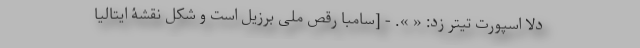
دلا اسپورت تیتر زد: « ». - [سامبا رقص ملی برزیل است و شکل نقشۀ ایتالیا